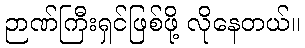
ဉာဏ်ကြီးရှင်ဖြစ်ဖို့ လိုနေတယ်။